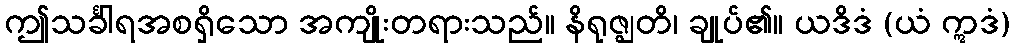
ဤသင်္ခါရအစရှိသော အကျိုးတရားသည်။ နိရုဇ္ဈတိ၊ ချုပ်၏။ ယဒိဒံ (ယံ ဣဒံ)